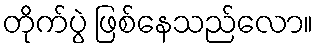
တိုက်ပွဲ ဖြစ်နေသည်လော။